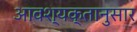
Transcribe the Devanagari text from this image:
आवश्यक्तानुसार